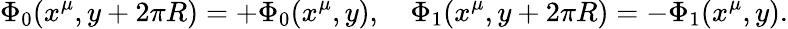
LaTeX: \Phi_{0}(x^{\mu},y+2\pi R)=+\Phi_{0}(x^{\mu},y),\quad\Phi_{1}(x^{\mu},y+2\pi R)=-\Phi_{1}(x^{\mu},y).